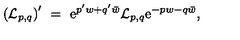
\left( { \cal L } _ { p , q } \right) ^ { \prime } \ = \ \mathrm { e } ^ { p ^ { \prime } w + q ^ { \prime } \bar { w } } { \cal L } _ { p , q } \mathrm { e } ^ { - p w - q \bar { w } } ,